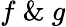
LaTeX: f\ \& \ g